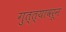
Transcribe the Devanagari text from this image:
गुत्त्यावरून